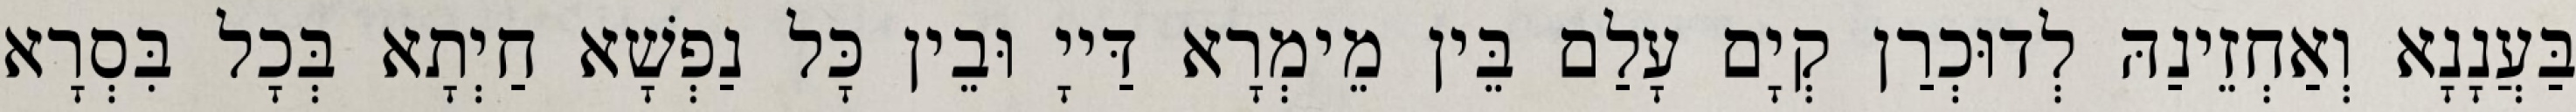
בַּעֲנָנָא וְאַחְזֵינַהּ לְדוּכְרַן קְיָם עָלַם בֵּין מֵימְרָא דַּייָ וּבֵין כָּל נַפְשָׁא חַיְתָא בְּכָל בִּסְרָא